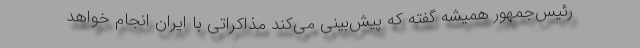
رئیس‌جمهور همیشه گفته که پیش‌بینی می‌کند مذاکراتی با ایران انجام خواهد